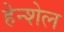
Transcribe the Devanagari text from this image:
हेन्शेल